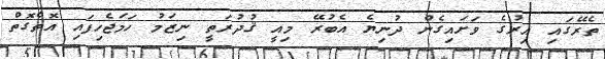
ތެރޭގައި އިރުގެ ވަށައިގެން ދުނިޔެ އެބުރޭ މިއީ ޤުދުރަތީ ނިޒަމު ހަމަޖެހިފައި އޮތްގޮތް